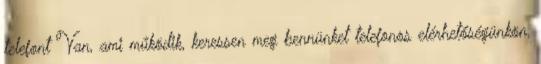
telefont Van, ami működik, keressen meg bennünket telefonos elérhetőségünkön,